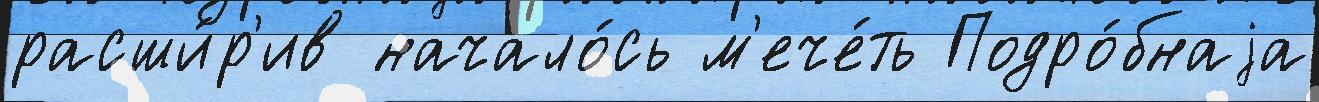
расши́р'ив начало́сь м'ече́ть Подро́бнаjа